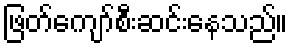
ဖြတ်ကျော်စီးဆင်းနေသည်။